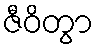
ဇီဝိတွာ